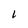
Character: L